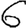
Digit: 6